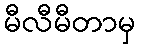
မီလီမီတာမှ